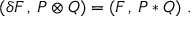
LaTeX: ( \delta F \, , \, P \otimes Q ) = ( F \, , \, P * Q ) \ .